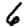
Digit: 6